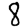
Digit: 8